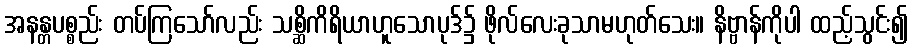
အနန္တပစ္စည်း တပ်ကြသော်လည်း သစ္ဆိကိရိယာဟူသောပုဒ်၌ ဖိုလ်လေးခုသာမဟုတ်သေး။ နိဗ္ဗာန်ကိုပါ ထည့်သွင်း၍